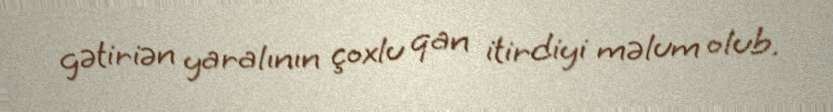
gətiriən yaralının çoxlu qan itirdiyi məlum olub.